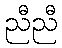
ညီညီ